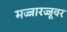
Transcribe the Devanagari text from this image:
मज्जारज्जूवर